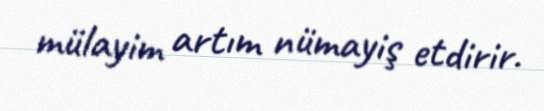
mülayim artım nümayiş etdirir.